38_143685_box_Incident_Summaries_101-172
Agency: Department of War
Page 50
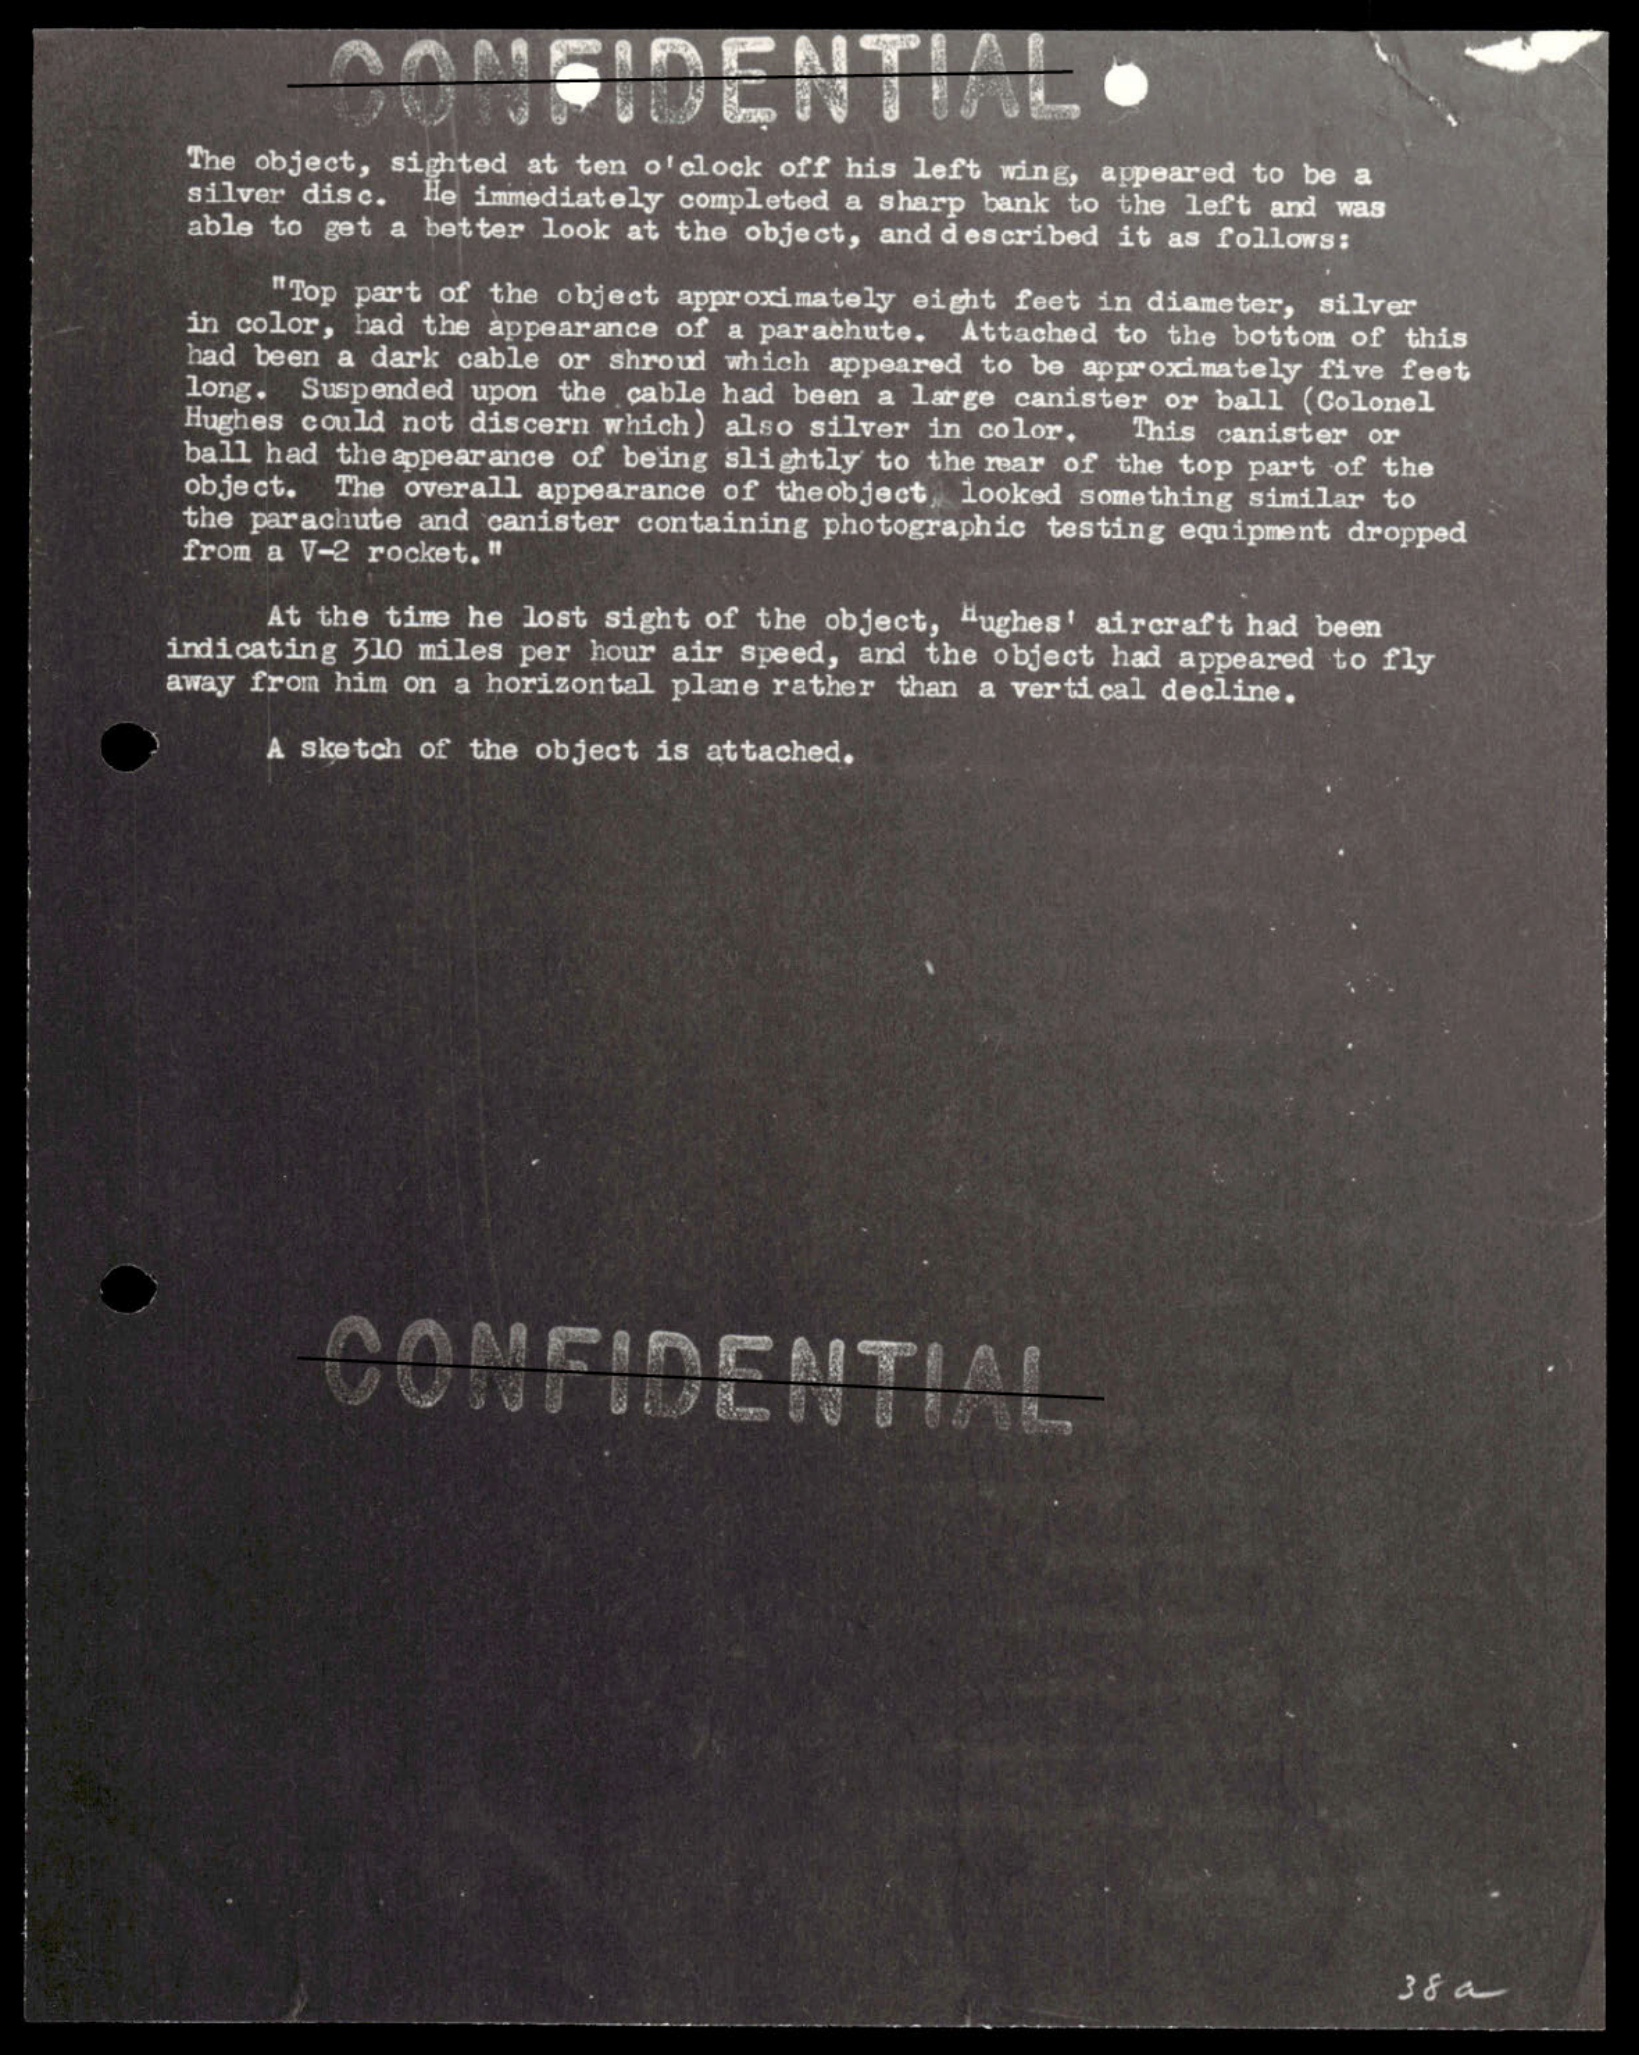